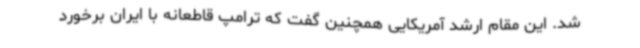
شد. این مقام ارشد آمریکایی همچنین گفت که ترامپ قاطعانه با ایران برخورد